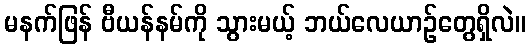
မနက်ဖြန် ဗီယန်နမ်ကို သွားမယ့် ဘယ်လေယာဉ်တွေရှိလဲ။